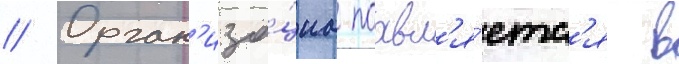
// Орган'иза́циа поавл'я́етс'я в